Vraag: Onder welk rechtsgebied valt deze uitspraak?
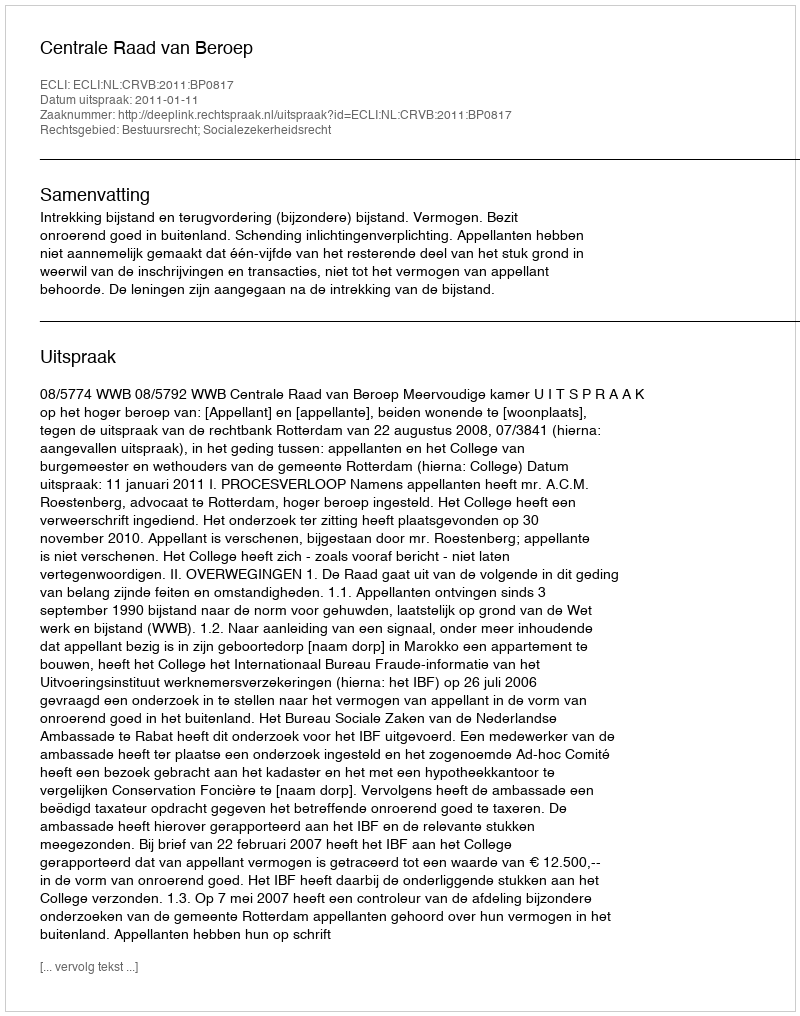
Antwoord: Bestuursrecht; Socialezekerheidsrecht